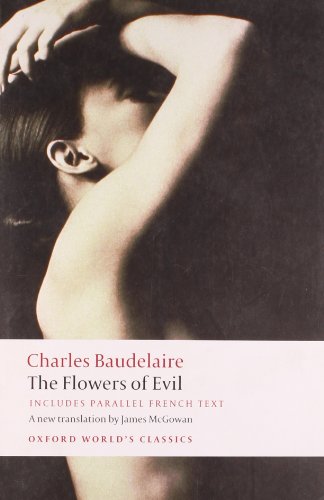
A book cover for The Flowers of Evil (Oxford World's Classics) (English and French Edition); Charles Baudelaire; Literature & Fiction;